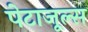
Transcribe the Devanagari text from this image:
पेटाजूल्स